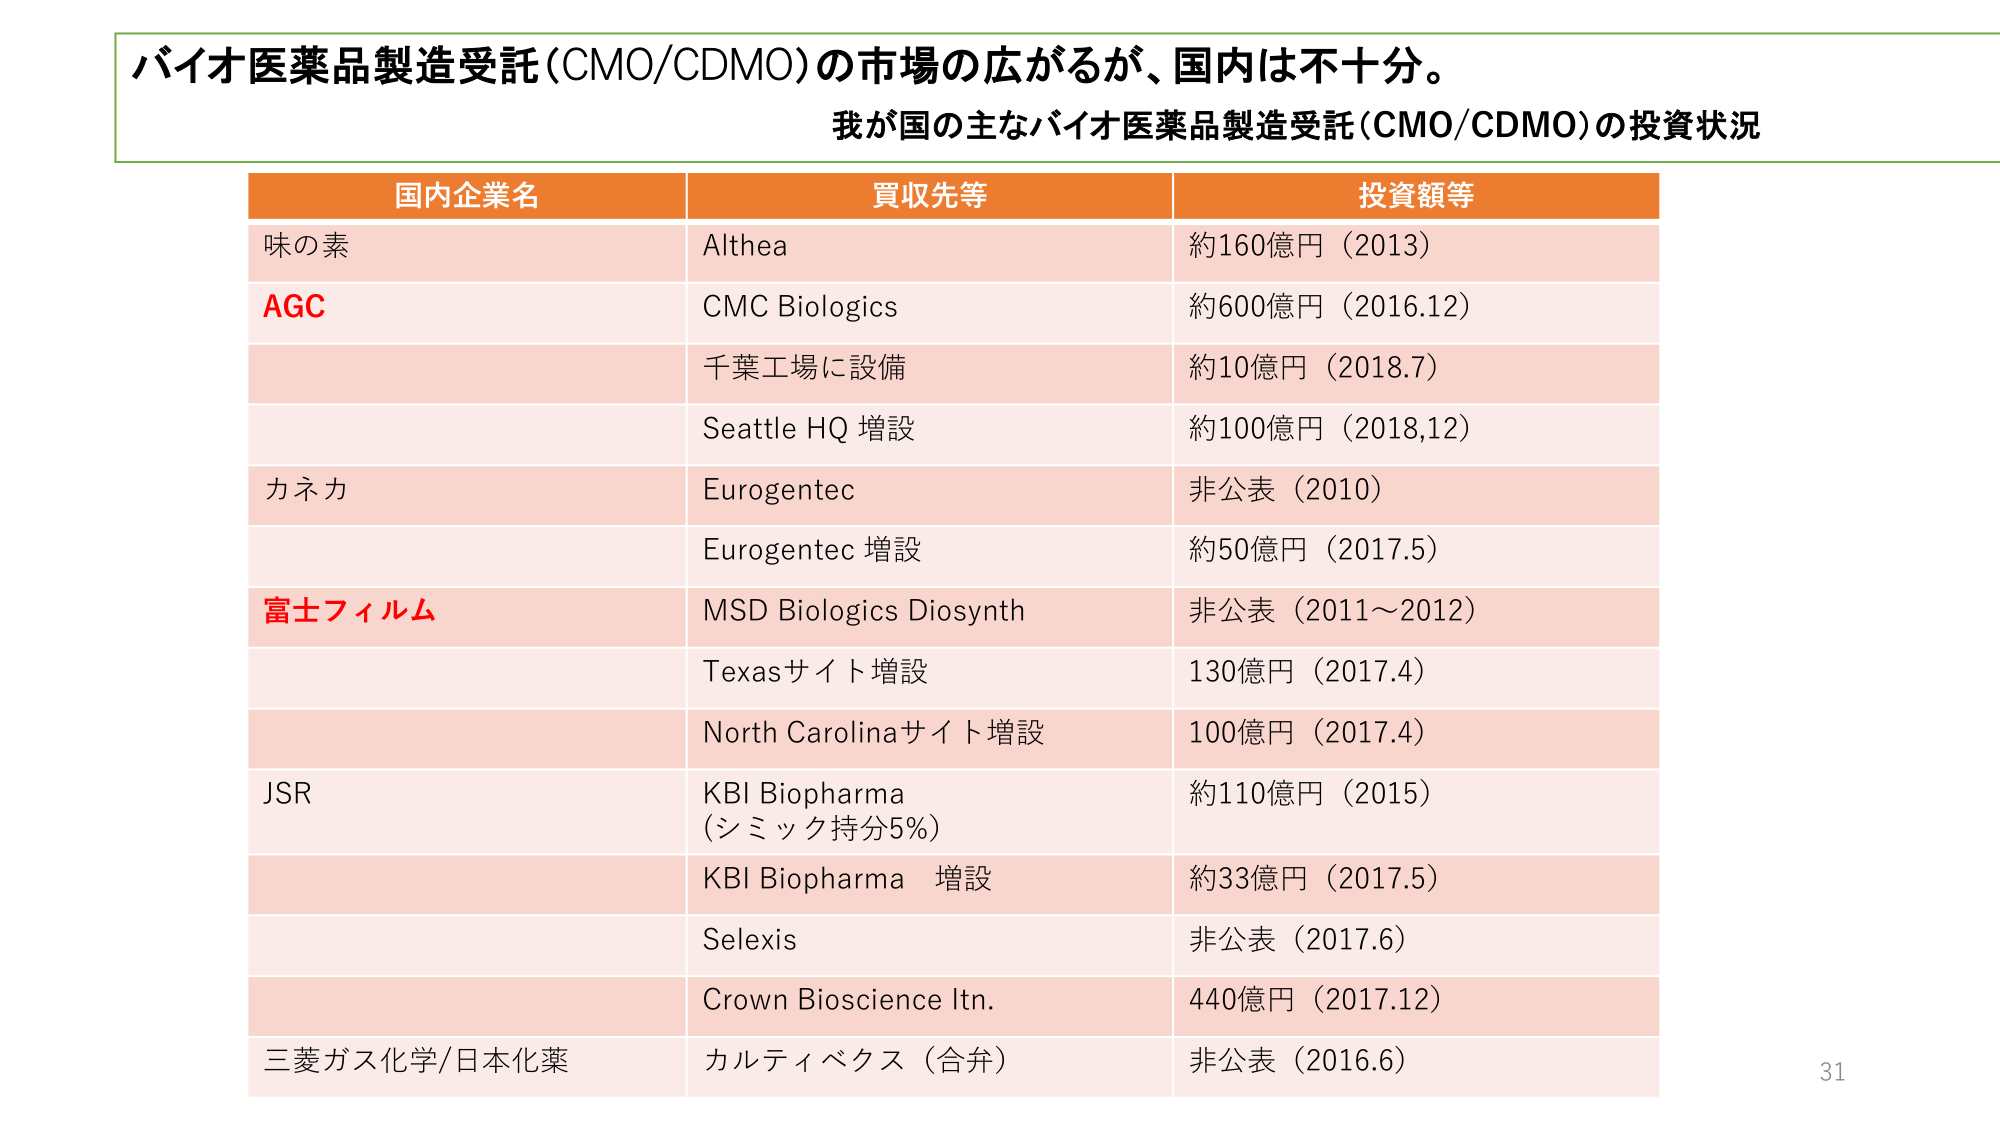
バイオ医薬品製造受託(CMO/CDMO)の市場の広がるが、国内は不十分。
我が国の主なバイオ医薬品製造受託(CMO/CDMO)の投資状況
国内企業名 買収先等 投資額等
味の素 Althea 約160億円（2013）
AGC CMC Biologics 約600億円（2016.12）
千葉工場に設備 約10億円（2018.7）
Seattle HQ 増設 約100億円（2018,12）
カネカ Eurogentec 非公表（2010）
Eurogentec 増設 約50億円（2017.5）
富士フィルム MSD Biologics Diosynth 非公表（2011～2012）
Texasサイト増設 130億円（2017.4）
North Carolinaサイト増設 100億円（2017.4）
JSR KBI Biopharma （シミック持分5%） 約110億円（2015）
KBI Biopharma 増設 約33億円（2017.5）
Selexis 非公表（2017.6）
Crown Bioscience ltn. 440億円（2017.12）
三菱ガス化学/日本化薬 カルティベクス（合弁） 非公表（2016.6）
31